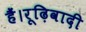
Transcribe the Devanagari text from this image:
हैं।रूढ़िवादी